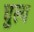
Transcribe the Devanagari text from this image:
घुल्य